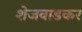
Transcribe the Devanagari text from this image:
शेजवाडकर